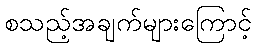
စသည့်အချက်များကြောင့်